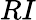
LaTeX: RI